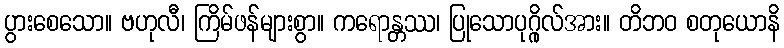
ပွားစေသော။ ဗဟုလီ၊ ကြိမ်ဖန်များစွာ။ ကရောန္တဿ၊ ပြုသောပုဂ္ဂိုလ်အား။ တိဘဝ စတုယောနိ